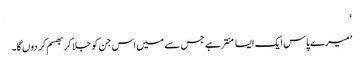
‘
’میرے پاس ایک ایسا منتر ہے جس سے میں اس جن کو جلا کر بھسم کر دوں گا۔